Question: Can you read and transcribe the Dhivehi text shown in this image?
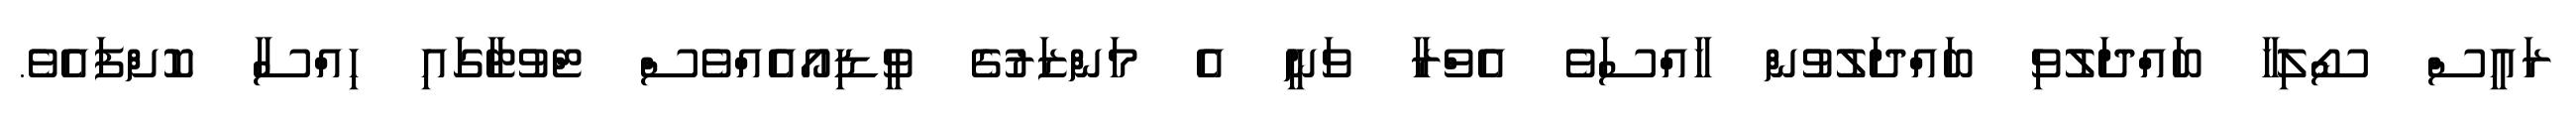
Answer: ރައީސް ސޯލިހާ ބައްދަލުވި ބައްދަލުވުން ހާއްސަވެ އެވްރާ ވަނީ އެ މަންޒަރުގެ ވީޑިއޯއެއްވެސް ޓްވުޓާގައި ހިއްސާ ކޮށްފައެވެ.